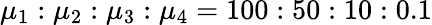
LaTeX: \mu_{1}:\mu_{2}:\mu_{3}:\mu_{4}=100:50:10:0.1